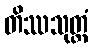
တိဿသုတ္တံ